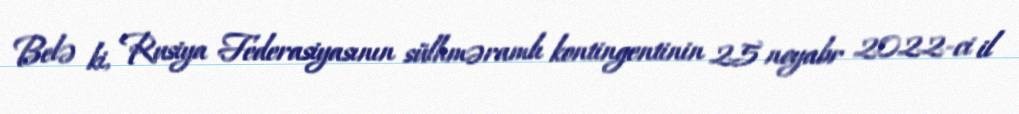
Belə ki, Rusiya Federasiyasının sülhməramlı kontingentinin 25 noyabr 2022-ci il